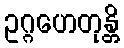
ဥဂ္ဂဟေတုန္တိ